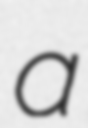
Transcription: a